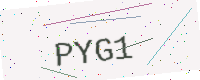
Text: PYG1